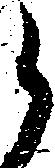
郎